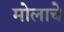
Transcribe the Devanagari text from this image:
मोलाचेे